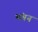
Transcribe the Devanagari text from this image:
भंगन